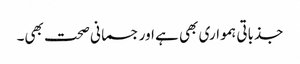
جذباتی ہمواری بھی ہے اور جسمانی صحت بھی۔